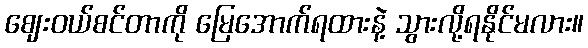
ဈေးဝယ်စင်တာကို မြေအောက်ရထားနဲ့ သွားလို့ရနိုင်မလား။